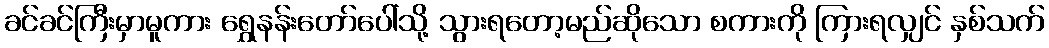
ခင်ခင်ကြီးမှာမူကား ရွှေနန်းတော်ပေါ်သို့ သွားရတော့မည်ဆိုသော စကားကို ကြားရလျှင် နှစ်သက်